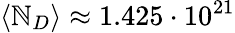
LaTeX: \langle\mathbb{N}_{D}\rangle\approx1.425\cdot10^{21}